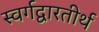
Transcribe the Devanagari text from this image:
स्वर्गद्वारतीर्थ